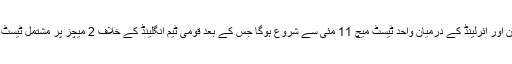
یاد رہے کہ پاکستان اور آئرلینڈ کے درمیان واحد ٹیسٹ میچ 11 مئی سے شروع ہوگا جس کے بعد قومی ٹیم انگلینڈ کے خلاف 2 میچز پر مشتمل ٹیسٹ سیریز کھیلے گی۔